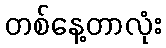
တစ်နေ့တာလုံး